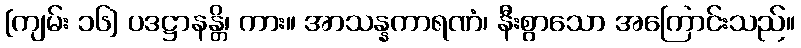
[ကျမ်း ၁၆] ပဒဋ္ဌာနန္တိ၊ ကား။ အာသန္နကာရဏံ၊ နီးစွာသော အကြောင်းသည်။